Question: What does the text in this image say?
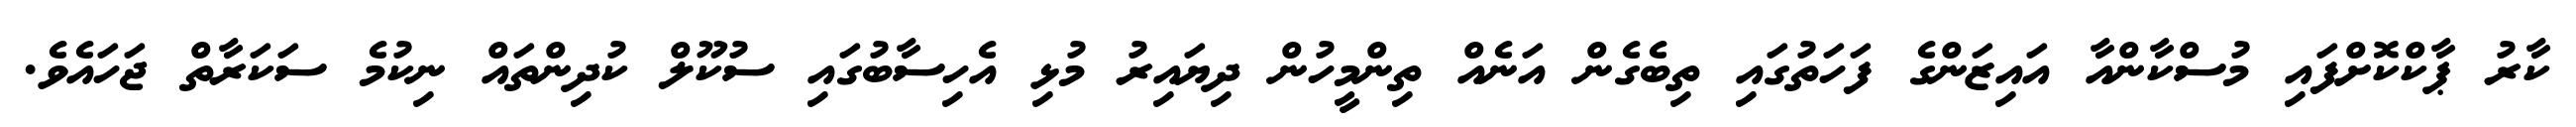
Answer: ކާރު ޕާކްކޮށްފައި މުސްކާންއާ އައިޒަންގެ ފަހަތުގައި ތިބެގެން އަނެއް ތިންމީހުން ދިޔައިރު މުޅި އެހިސާބުގައި ސުކޫލް ކުދިންތައް ނިކުމެ ސަކަރާތް ޖަހައެވެ.